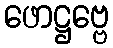
ဖောဋ္ဌဗ္ဗေ